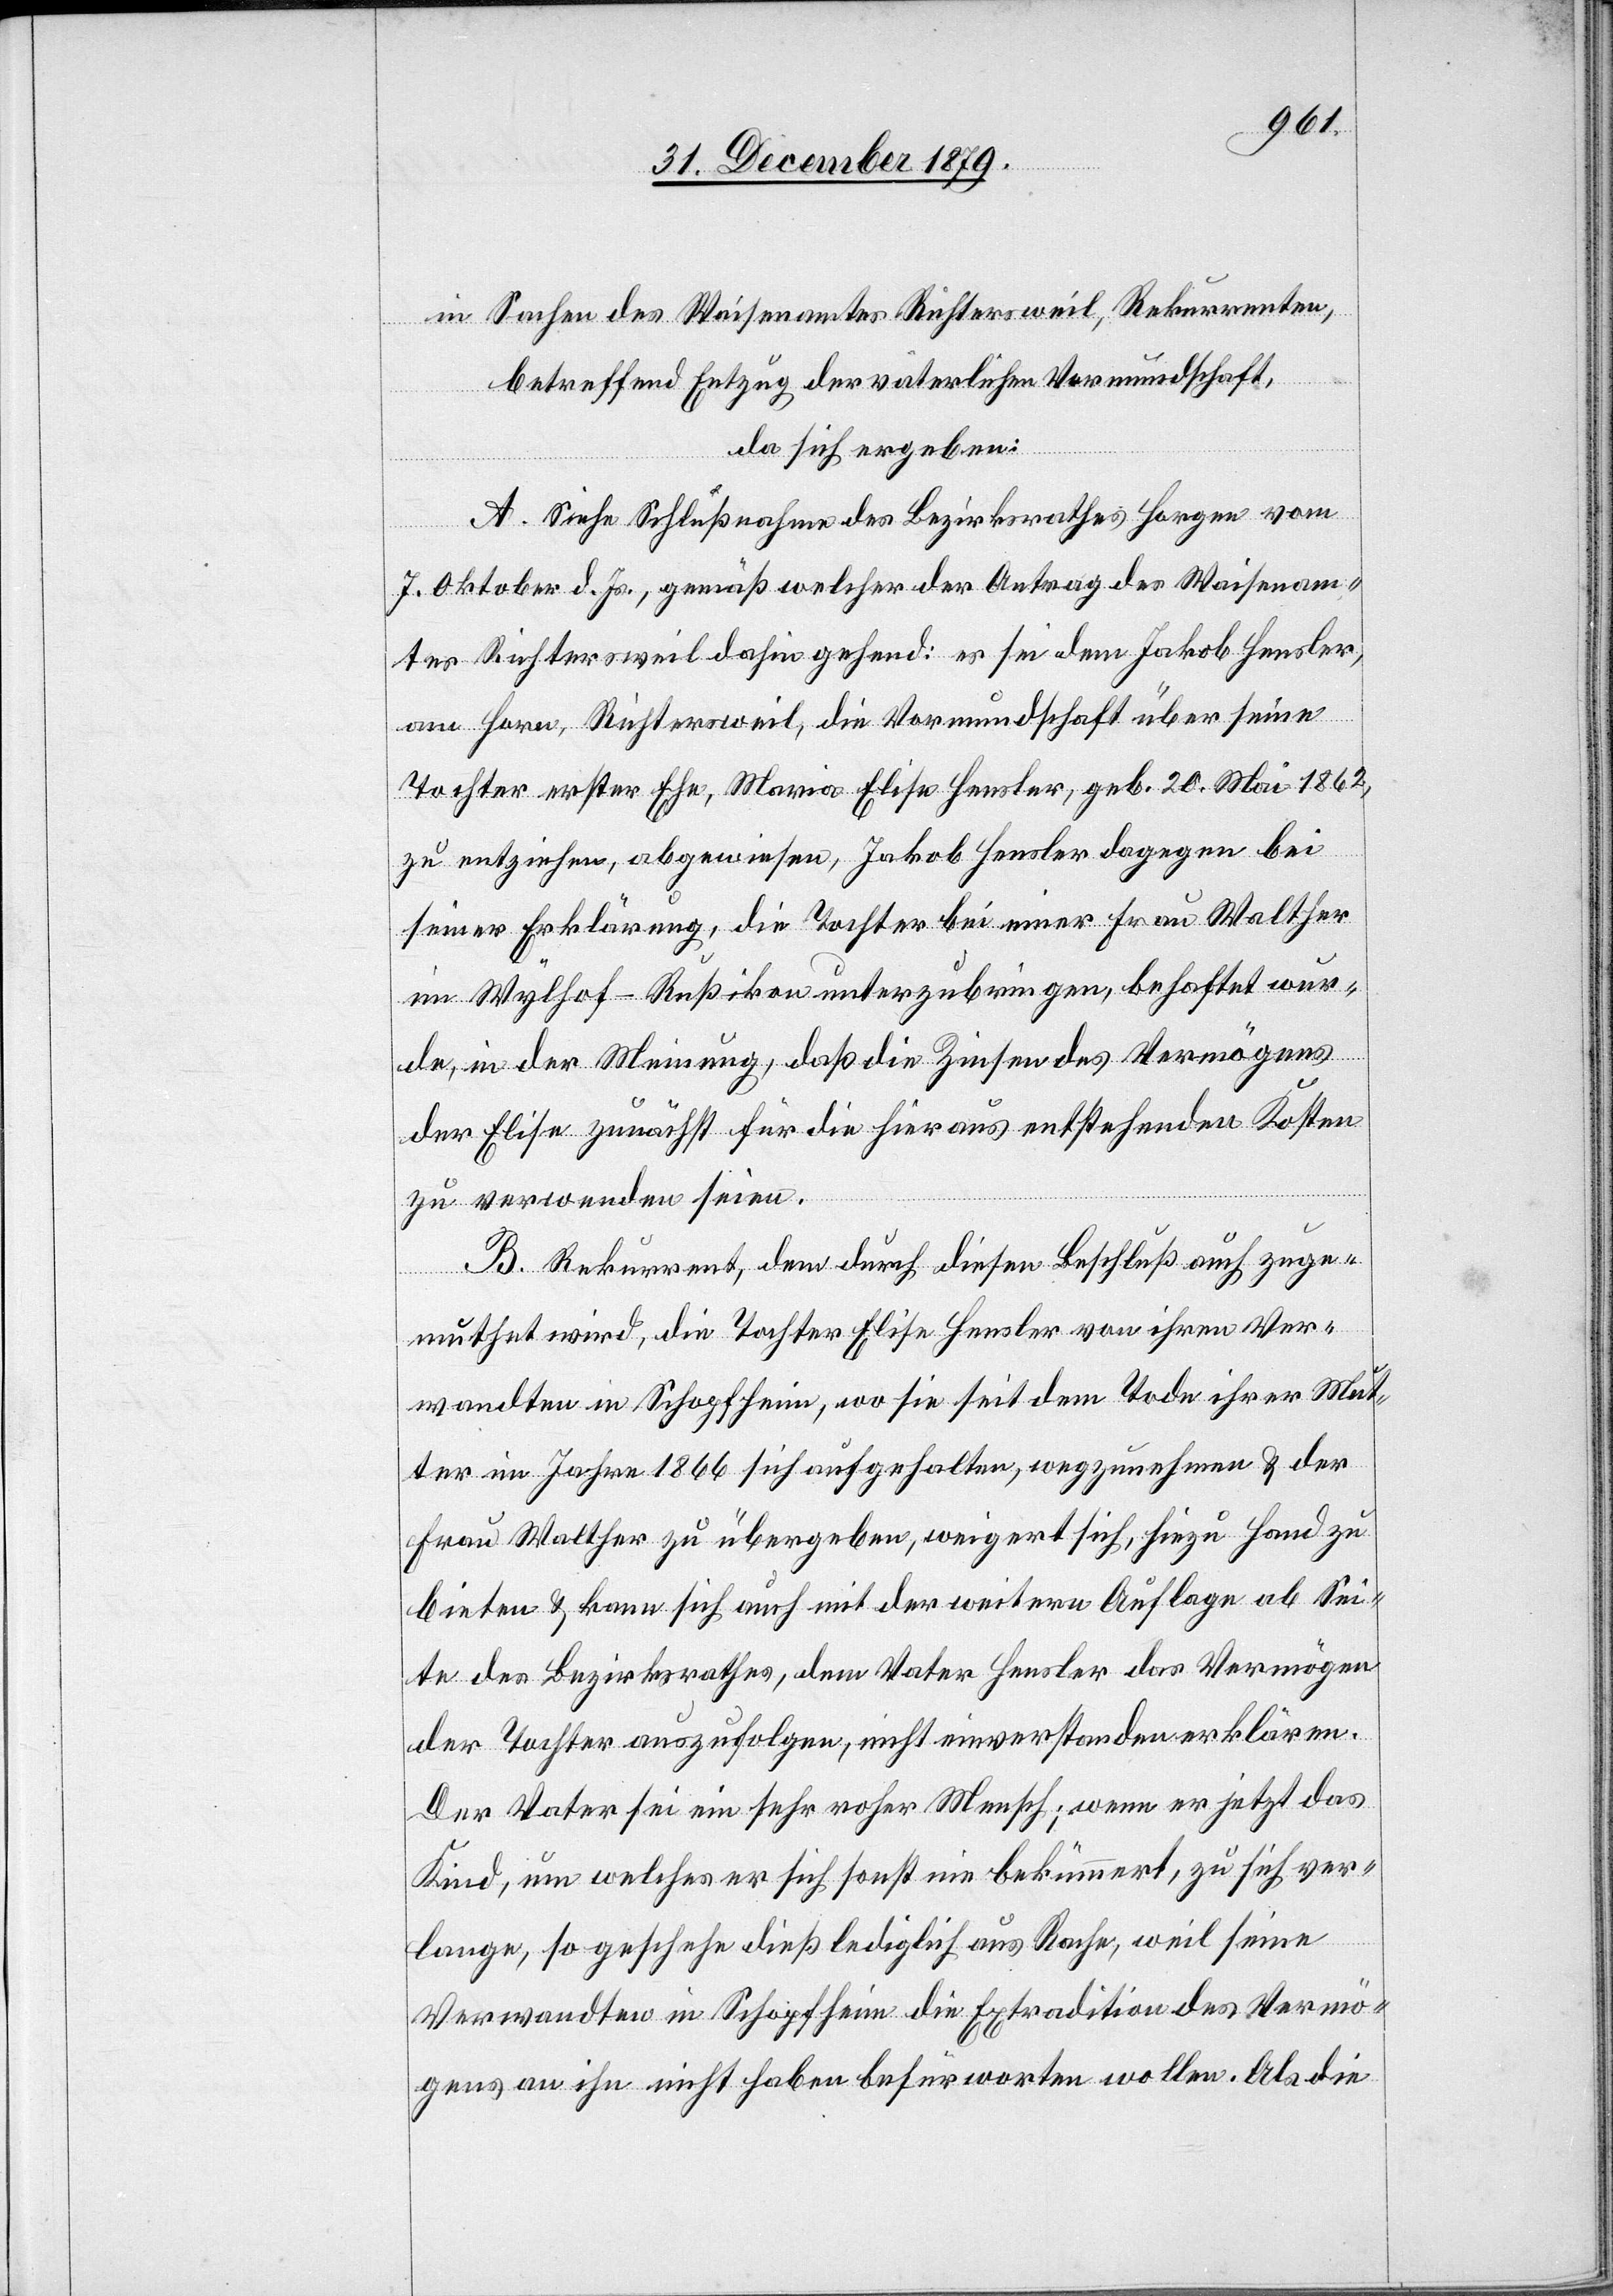
in Sachen des Waisenamtes Richtersweil, Rekurrenten,
betreffend Entzug der väterlichen Vormundschaft,
da sich ergeben:
A. Siehe Schlußnahme des Bezirksrathes Horgen vom
7. Oktober d. Js., gemäß welcher der Antrag des Waisenam¬
tes Richtersweil dahin gehend: es sei dem Jakob Hensler,
am Horn, Richtersweil, die Vormundschaft über seine
Tochter erster Ehe, Maria Elise Hensler, geb. 20. Mai 1862,
zu entziehen, abgewiesen, Jakob Hensler dagegen bei
seiner Erklärung, die Tochter bei einer Frau Walther
im Wylhof - Rußikon unterzubringen, behaftet wur¬
de, in der Meinung, daß die Zinsen des Vermögens
der Elise zunächst für die aus entstehenden Kosten
zu verwenden seien.
B. Rekurrent, dem durch diesen Beschluß auch zuge¬
muthet wird, die Tochter Elise Hensler von ihren Ver¬
wandten in Schopfheim, wo sie seit dem Tode ihrer Mut¬
ter im Jahre 1866 sich aufgehalten, wegzunehmen & der
Frau Walther zu übergeben, weigert sich, hiezu Hand zu
bieten & kann sich auch mit der weitern Auflage ab Sei¬
te des Bezirksrathes, dem Vater Hensler das Vermögen
der Tochter auszufolgen, nicht einverstanden erklären.
Der Vater sei ein sehr roher Mensch; wenn er jetzt das
Kind, um welches er sich sonst nie bekümmert, zu sich ver¬
lange, so geschehe dieß lediglich aus Rache, weil seine
Verwandten in Schopfheim die Extradition des Vermö¬
gens an ihn nicht haben befürworten wollen. Als die